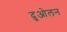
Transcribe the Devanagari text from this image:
दुओलन